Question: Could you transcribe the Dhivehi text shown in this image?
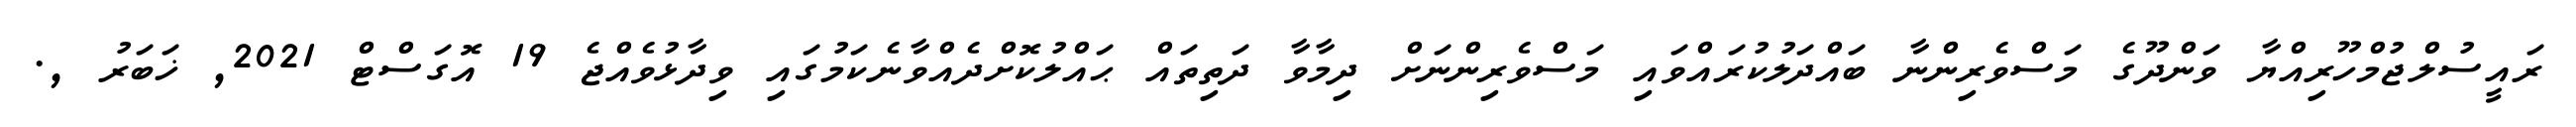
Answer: ރައީސުލްޖުމްހޫރިއްޔާ ވަންދޫގެ މަސްވެރިންނާ ބައްދަލުކުރައްވައި މަސްވެރިންނަށް ދިމާވާ ދަތިތައް ޙައްލުކޮށްދެއްވާނެކަމުގައި ވިދާޅުވެއްޖެ 19 އޮގަސްޓް 2021, ޚަބަރު ,.